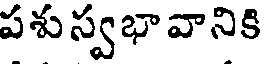
పశుస్వభావానికి